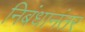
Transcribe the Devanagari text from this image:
निबंधानंतर